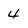
Character: 4